Eesti_Rahvusfond, lk 15
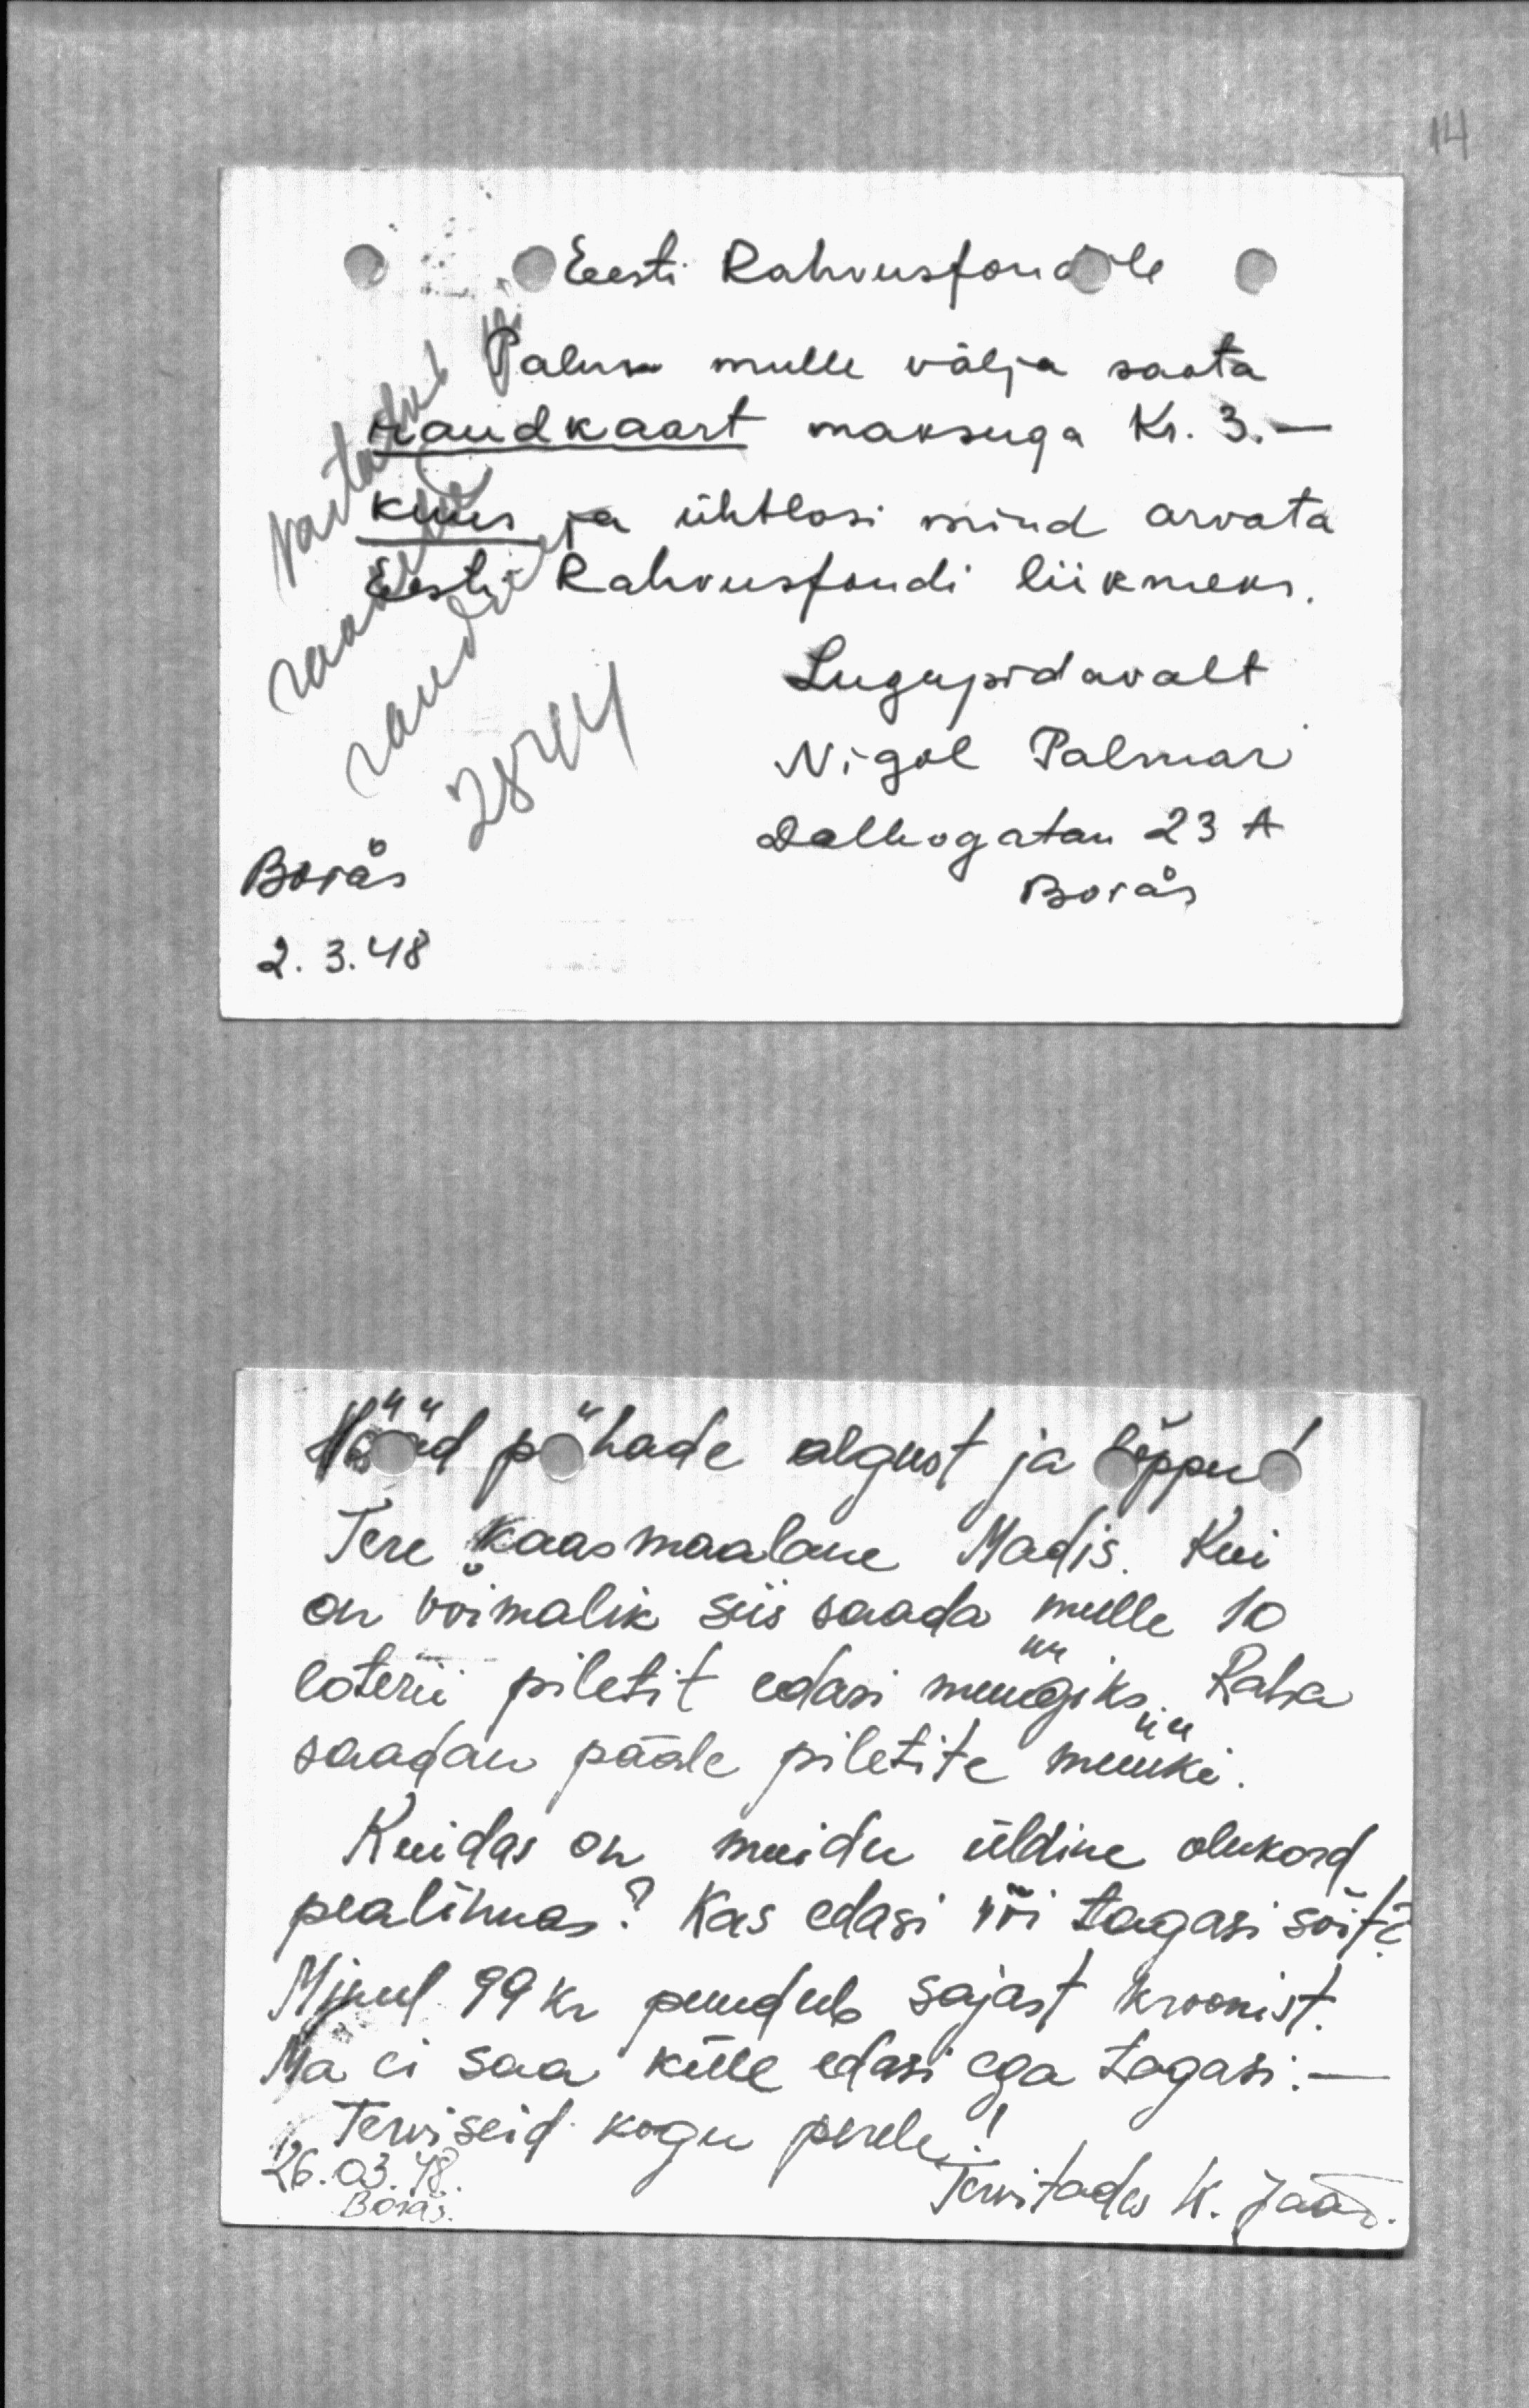
Eesti Rahvusfondile
Palun mulle välja saata.
vastatud
Palun mulle välja saata.
raudkaart maksuga Kr. 3.
kuus ja ühtlasi mind arvata
Eesti Rahvusfondi liikmeks.
Lugupidavalt
2844
Nigol Palmar
Boras
Dalhogatan 23 A
Boras
2. 3. 48

Häid pühade algust ja lõppu
Tere kaasmaalane Madis, Kui
on võimalik siis saada mulle 10
loterii piletit edasi müügiks. Raha
saadan pääle piletite müüki.
Kuidas on muidu üldine olukord
pealinnas? Kas edasi või tagasi sõita,
Minul. 99 kr. puudub sajast kroonist.
Ma ei saa küll edasi ega tagasi.-
Terviseid kogu perele.
26.03.48
Tervitades K. Jäär.